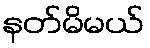
နတ်မိမယ်